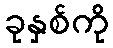
ခုနှစ်ကို